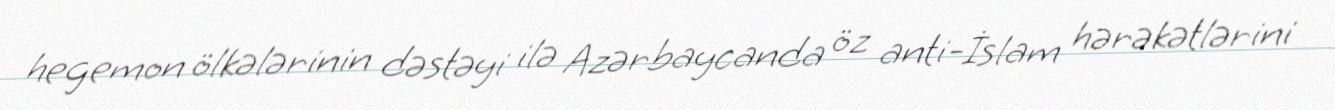
hegemon ölkələrinin dəstəyi ilə Azərbaycanda öz anti-İslam hərəkətlərini